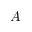
A